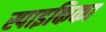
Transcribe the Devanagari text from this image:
स्पाइकिका